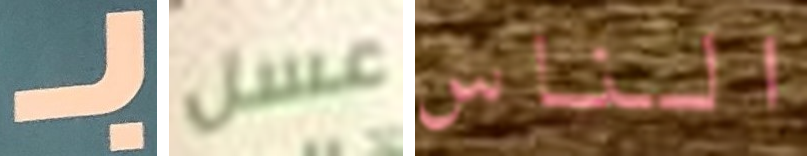
بـ عسل الناس